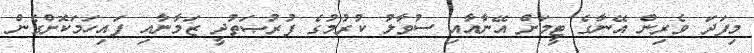
މިފަދަ ވެރިން އޭނާގެ ޓީމަށް އޭނާއާއި ސުވާލު ކުރުމުގެ ފުރުޞަތުދީ ޒަމާނާއި ފައިހަމަކޮށްގެން